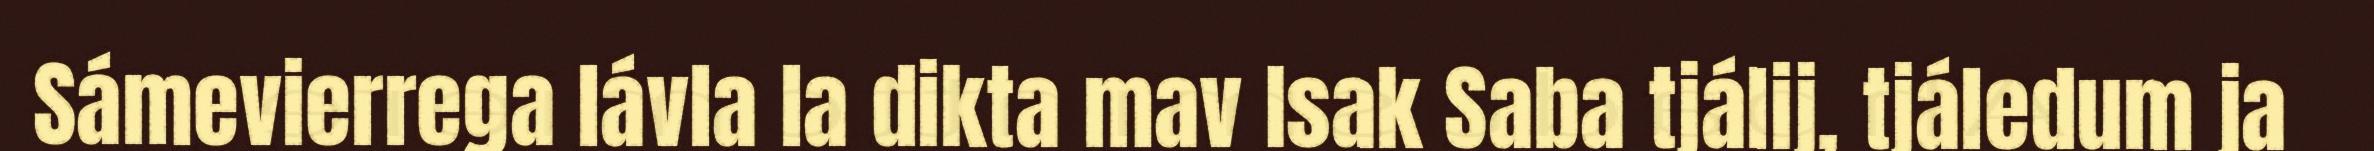
Sámevierrega lávla la dikta mav Isak Saba tjálij, tjáledum ja